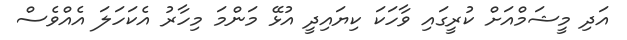
އަދި މީޝަމްއަށް ކުރީގައި ވާހަކަ ކިޔައިދީ އުޅޭ މަންމަ މިހާރު އެކަހަލަ އެއްވެސް